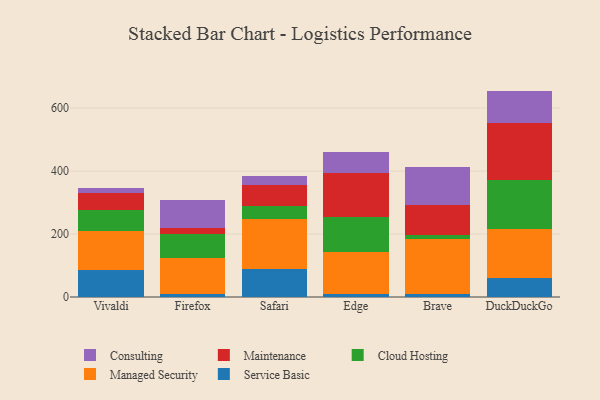
{"axis": {"x": "Browser", "y": "Net Income (USD K)"}, "legend": ["Cloud Hosting", "Consulting", "Maintenance", "Managed Security", "Service Basic"], "data": [{"x": "Vivaldi", "y": 85.9, "type": "Service Basic"}, {"x": "Vivaldi", "y": 124.6, "type": "Managed Security"}, {"x": "Vivaldi", "y": 67.2, "type": "Cloud Hosting"}, {"x": "Vivaldi", "y": 51.1, "type": "Maintenance"}, {"x": "Vivaldi", "y": 17.2, "type": "Consulting"}, {"x": "Firefox", "y": 10.2, "type": "Service Basic"}, {"x": "Firefox", "y": 114.6, "type": "Managed Security"}, {"x": "Firefox", "y": 75.8, "type": "Cloud Hosting"}, {"x": "Firefox", "y": 18.7, "type": "Maintenance"}, {"x": "Firefox", "y": 87.9, "type": "Consulting"}, {"x": "Safari", "y": 88.2, "type": "Service Basic"}, {"x": "Safari", "y": 158.2, "type": "Managed Security"}, {"x": "Safari", "y": 43.8, "type": "Cloud Hosting"}, {"x": "Safari", "y": 65.3, "type": "Maintenance"}, {"x": "Safari", "y": 28.1, "type": "Consulting"}, {"x": "Edge", "y": 10.5, "type": "Service Basic"}, {"x": "Edge", "y": 133.0, "type": "Managed Security"}, {"x": "Edge", "y": 109.8, "type": "Cloud Hosting"}, {"x": "Edge", "y": 141.6, "type": "Maintenance"}, {"x": "Edge", "y": 64.8, "type": "Consulting"}, {"x": "Brave", "y": 10.6, "type": "Service Basic"}, {"x": "Brave", "y": 173.4, "type": "Managed Security"}, {"x": "Brave", "y": 12.6, "type": "Cloud Hosting"}, {"x": "Brave", "y": 95.5, "type": "Maintenance"}, {"x": "Brave", "y": 120.5, "type": "Consulting"}, {"x": "DuckDuckGo", "y": 59.8, "type": "Service Basic"}, {"x": "DuckDuckGo", "y": 155.9, "type": "Managed Security"}, {"x": "DuckDuckGo", "y": 157.0, "type": "Cloud Hosting"}, {"x": "DuckDuckGo", "y": 179.4, "type": "Maintenance"}, {"x": "DuckDuckGo", "y": 102.7, "type": "Consulting"}]}